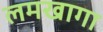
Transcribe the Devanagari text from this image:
लमखागा